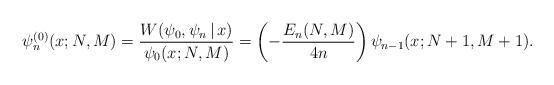
LaTeX: \begin{gather*} \psi _{n}^{(0) }(x;N,M) =\frac{W(\psi _{0},\psi _{n}\,|\, x)}{\psi _{0}(x;N,M) }=\left( -\frac{E_{n}( N,M) }{4n}\right) \psi _{n-1}( x;N+1,M+1) .\end{gather*}